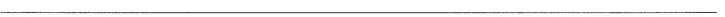
___